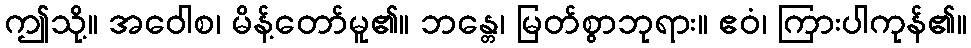
ဤသို့။ အဝေါစ၊ မိန့်တော်မူ၏။ ဘန္တေ၊ မြတ်စွာဘုရား။ ဧဝံ၊ ကြားပါကုန်၏။